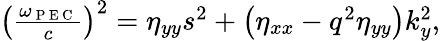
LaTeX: \begin{array}{r}{\left(\frac{\omega_{\mathrm{~P~E~C~}}}{c}\right)^{2}=\eta_{yy}s^{2}+\left(\eta_{xx}-q^{2}\eta_{yy}\right)k_{y}^{2},}\end{array}